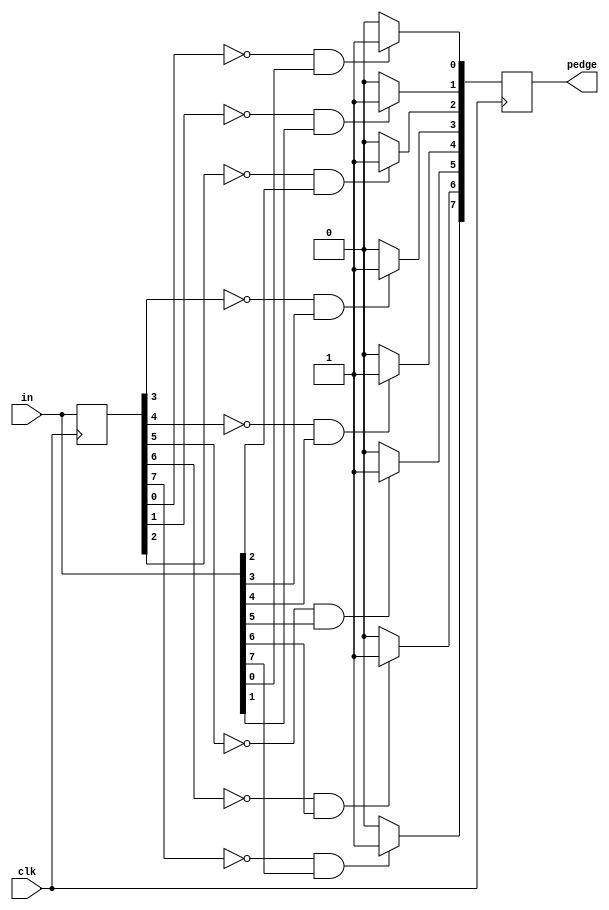
module top_module (
    input clk,
    input [7:0] in,
    output [7:0] pedge
);
    integer i;
    reg [7:0] in_p;
    //delay input by a clock and then check if input =1 and delayed_input =0 then we can confirm there is a posedge
    always@(posedge clk) begin
        in_p <= in;  
        //iterate for all bits 
        for (i=0;i<8;i=i+1) begin
            if(in_p[i] == 0 && in[i] == 1)
                pedge[i] =1;
        	else
                pedge[i] = 0;
    	end
    end

endmodule